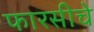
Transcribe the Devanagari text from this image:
फारसीचे